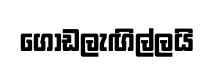
ගොඩලැඟිල්ලයි